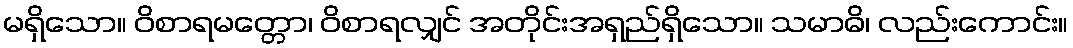
မရှိသော။ ဝိစာရမတ္တော၊ ဝိစာရလျှင် အတိုင်းအရှည်ရှိသော။ သမာဓိ၊ လည်းကောင်း။